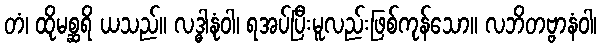
တံ၊ ထိုမစ္ဆရိ ယသည်။ လဒ္ဓါနုံဝါ၊ ရအပ်ပြီးမူလည်းဖြစ်ကုန်သော။ လဘိတဗ္ဗာနံဝါ၊